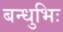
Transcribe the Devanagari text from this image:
बन्धुभिः